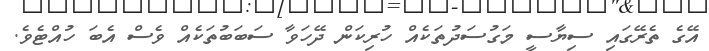
އޭގެ ތެރޭގައި ސިޔާސީ މަގުސަދުތަކެއް ހުރިކަން ދޭހަވާ ސަބަބުތަކެއް ވެސް އެބަ ހުއްޓެވެ.